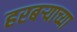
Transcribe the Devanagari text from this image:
हरबऱ्याच्या